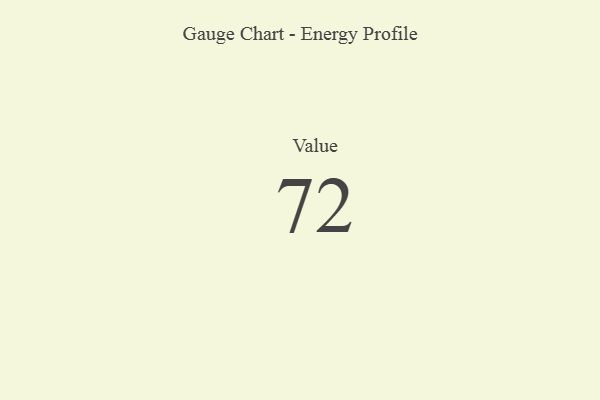
{"axis": {"x": "Metric", "y": "Value"}, "legend": [""], "data": [{"x": "Value", "y": 72, "type": ""}]}